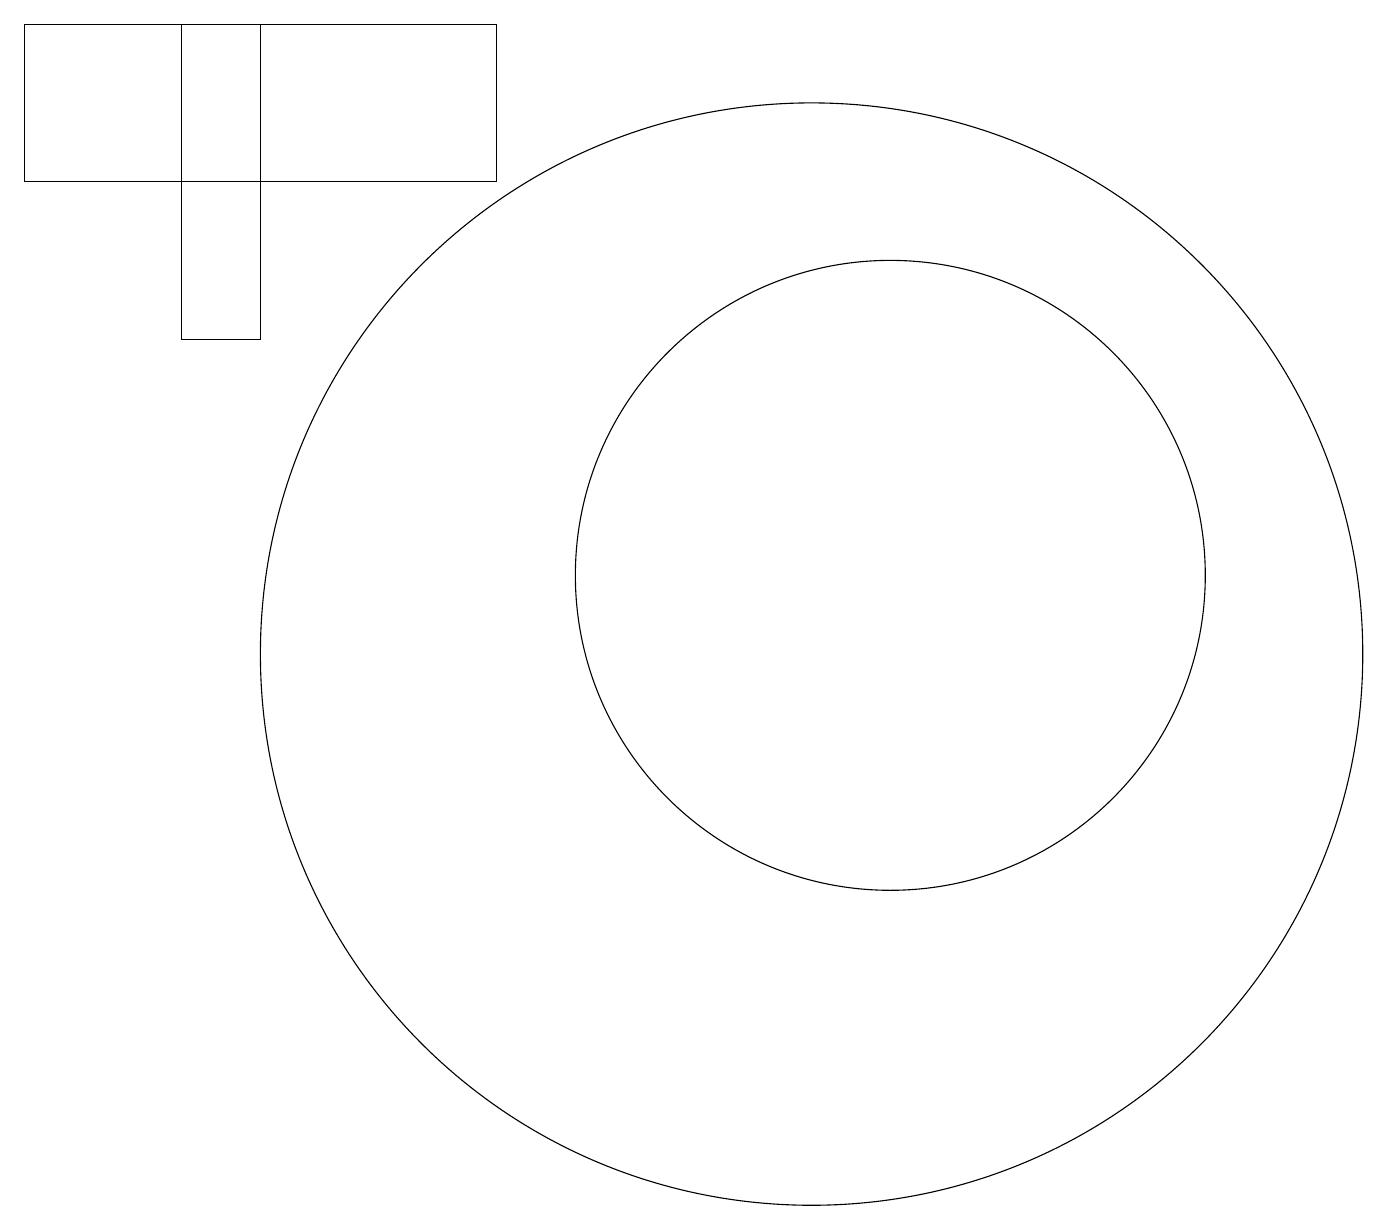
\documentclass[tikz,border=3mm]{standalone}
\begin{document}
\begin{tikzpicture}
\draw (0,18) rectangle (6,16);
\draw (11,11) circle (4);
\draw (2,18) rectangle (3,14);
\draw (10,10) circle (7);
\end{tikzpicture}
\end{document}